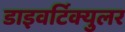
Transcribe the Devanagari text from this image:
डाइवर्टिक्युलर